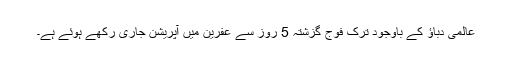
عالمی دباؤ کے باوجود ترک فوج گزشتہ 5 روز سے عفرین میں آپریشن جاری رکھے ہوئے ہے۔